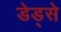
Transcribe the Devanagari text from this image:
डेड्से